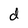
Character: d